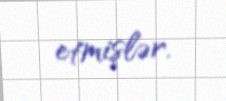
etmişlər.